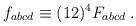
LaTeX: \begin{align*} f_{abcd}\equiv (12)^4 F_{abcd}\;.\end{align*}